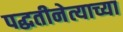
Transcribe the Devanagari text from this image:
पद्धतीनेत्याच्या